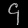
Digit: ၄